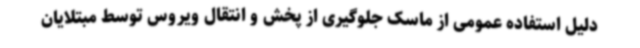
دلیل استفاده عمومی از ماسک جلوگیری از پخش و انتقال ویروس توسط مبتلایان